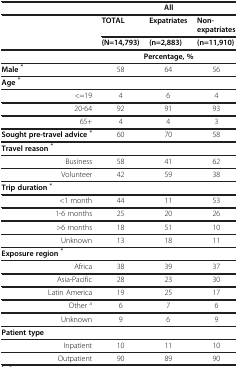
<table><thead><tr><td><b> </b></td><td colspan="3"><b>All</b></td></tr></thead><tbody><tr><td rowspan="2"> </td><td><b>TOTAL</b></td><td><b>Expatriates</b></td><td><b>Non-expatriates</b></td></tr><tr><td><b>(N=14,793)</b></td><td><b>(n=2,883)</b></td><td><b>(n=11,910)</b></td></tr><tr><td> </td><td colspan="3"><b>Percentage, %</b></td></tr><tr><td><b>Male</b><sup><b>*</b></sup></td><td>58</td><td>64</td><td>56</td></tr><tr><td><b>Age</b><sup><b>*</b></sup></td><td> </td><td> </td><td> </td></tr><tr><td>&lt;=19</td><td>4</td><td>6</td><td>4</td></tr><tr><td>20-64</td><td>92</td><td>91</td><td>93</td></tr><tr><td>65+</td><td>4</td><td>4</td><td>3</td></tr><tr><td><b>Sought pre-travel advice</b><sup><b>*</b></sup></td><td>60</td><td>70</td><td>58</td></tr><tr><td><b>Travel reason</b><sup><b>*</b></sup></td><td> </td><td> </td><td> </td></tr><tr><td>Business</td><td>58</td><td>41</td><td>62</td></tr><tr><td>Volunteer</td><td>42</td><td>59</td><td>38</td></tr><tr><td><b>Trip duration</b><sup><b>*</b></sup></td><td> </td><td> </td><td> </td></tr><tr><td>&lt;1 month</td><td>44</td><td>11</td><td>53</td></tr><tr><td>1-6 months</td><td>25</td><td>20</td><td>26</td></tr><tr><td>&gt;6 months</td><td>18</td><td>51</td><td>10</td></tr><tr><td>Unknown</td><td>13</td><td>18</td><td>11</td></tr><tr><td><b>Exposure region</b><sup><b>*</b></sup></td><td> </td><td> </td><td> </td></tr><tr><td>Africa</td><td>38</td><td>39</td><td>37</td></tr><tr><td>Asia-Pacific</td><td>28</td><td>23</td><td>30</td></tr><tr><td>Latin America</td><td>19</td><td>25</td><td>17</td></tr><tr><td>Other <sup>a</sup></td><td>6</td><td>7</td><td>6</td></tr><tr><td>Unknown</td><td>9</td><td>6</td><td>9</td></tr><tr><td><b>Patient type</b></td><td> </td><td> </td><td> </td></tr><tr><td>Inpatient</td><td>10</td><td>11</td><td>10</td></tr><tr><td>Outpatient</td><td>90</td><td>89</td><td>90</td></tr></tbody></table>